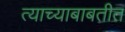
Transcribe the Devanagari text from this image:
त्याच्याबाबतीत